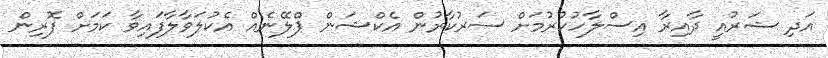
އަދި ޝަރުއީ ދާއިރާ އިސްލާހުކުރުމަށް ސަރުކާރުން އެކްޝަން ޕްލޭނެއް އެކުލަވާލާފައިވާ ކަމަށް ފޮރިން